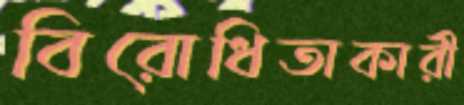
বিরোধিতাকারী